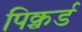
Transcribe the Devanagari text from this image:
पिक्चर्ड